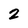
Character: 2